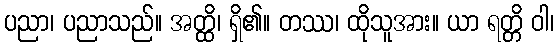
ပညာ၊ ပညာသည်။ အတ္ထိ၊ ရှိ၏။ တဿ၊ ထိုသူအား။ ယာ ရတ္တိ ဝါ၊